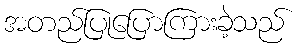
အတည်ပြုပြောကြားခဲ့သည်